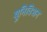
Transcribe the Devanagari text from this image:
यूनिविशन